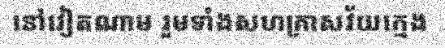
នៅវៀតណាម រួមទាំងសហគ្រាសវ័យក្មេង